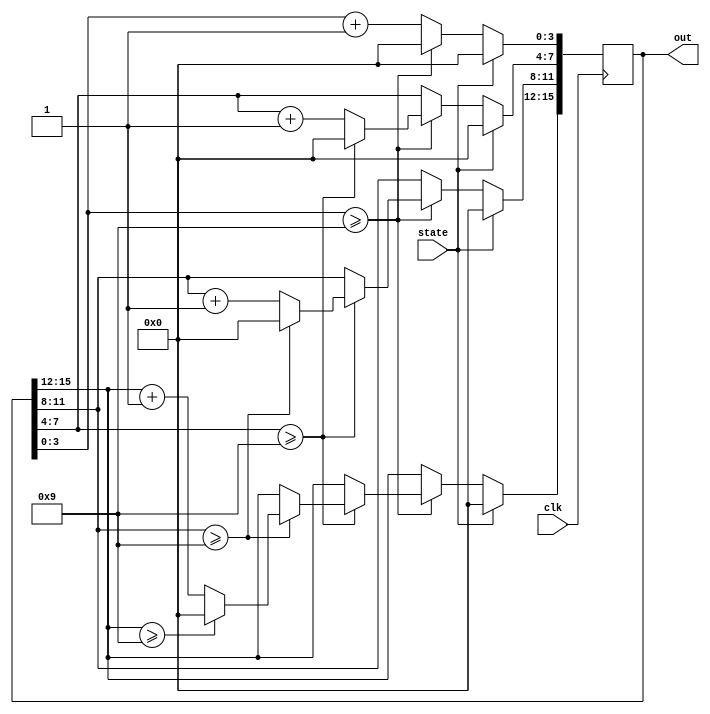
module random_input(out, state, clk);
	output reg [15:0] out;
	input state;
	input clk;
	
	
	initial out = 16'b0;
	
	
	always@ (posedge clk) begin
		if (state != 0) begin
			out = 16'b0;
		end
		else
			if (out[ 3: 0] >= 4'b1001) begin out[ 3: 0] <= 1'b0;
				if (out[ 7: 4] >= 4'b1001) begin out[ 7: 4] <= 1'b0;
					if (out[11: 8] >= 4'b1001) begin out[11: 8] <= 1'b0;
						if (out[15: 12] >= 4'b1001) begin out[15: 12] <= 1'b0;
						end
						else out[15: 12] <= out[15: 12] + 1;
					end
					else out[11: 8] <= out[11: 8] + 1;
				end
				else out[ 7: 4] <= out[ 7: 4] + 1;
			end
			else out[ 3: 0] <= out[ 3: 0] + 1;
		end
endmodule